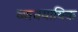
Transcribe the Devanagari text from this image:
व्यावयायिक